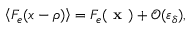
\left\langle F _ { e } ( x - \rho ) \right\rangle = F _ { e } ( \textbf { x } ) + \mathcal { O } ( \varepsilon _ { \delta } ^ { } ) ,